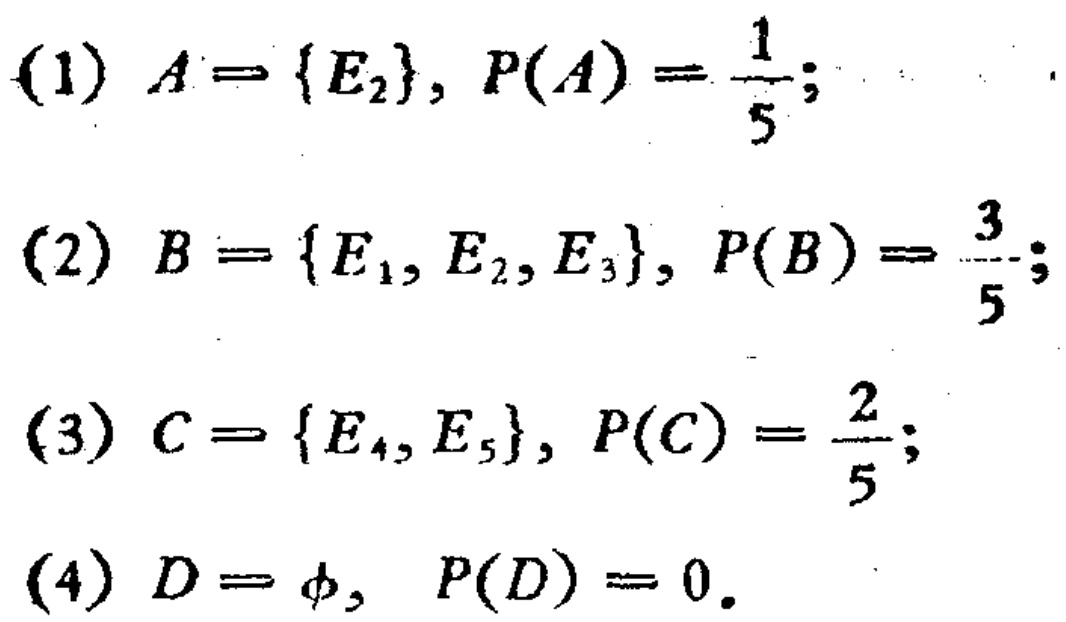
(1) \(A = \{E_{2}\}, P(A)=\frac{1}{5};\)

(2) \(B = \{E_{1}, E_{2}, E_{3}\}, P(B)=\frac{3}{5};\)

(3) \(C = \{E_{4}, E_{5}\}, P(C)=\frac{2}{5};\)

(4) \(D = \varnothing, P(D)=0.\)